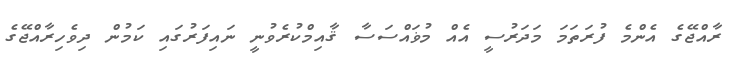
ރާއްޖޭގެ އެންމެ ފުރަތަމަ މަދަރުސީ އެއް މުޥައްސަސާ ޤާއިމްކުރެވުނީ ނައިފަރުގައި ކަމުން ދިވެހިރާއްޖޭގެ